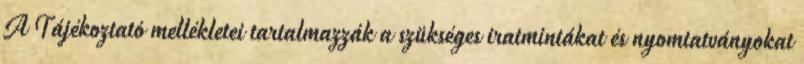
A Tájékoztató mellékletei tartalmazzák a szükséges iratmintákat és nyomtatványokat